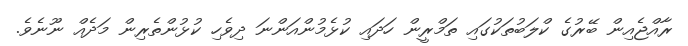
ރާއްޖެއިން ބޭރުގެ ކްލަބުތަކުގައި ތަމްރީން ހަދައި ކުޅެމުންއަންނަ ދިވެހި ކުޅުންތެރިން މަދެއް ނޫނެވެ.